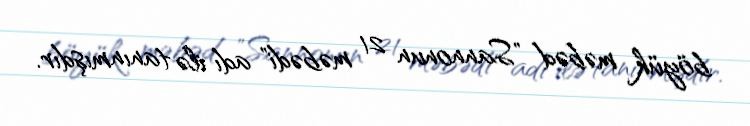
böyük məbəd "Sannonun 21 məbədi" adı ilə tanınmışdır.